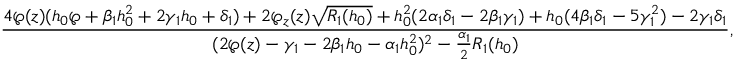
\frac { 4 \wp ( z ) ( h _ { 0 } \wp + \beta _ { 1 } h _ { 0 } ^ { 2 } + 2 \gamma _ { 1 } h _ { 0 } + \delta _ { 1 } ) + 2 \wp _ { z } ( z ) \sqrt { R _ { 1 } ( h _ { 0 } ) } + h _ { 0 } ^ { 2 } ( 2 \alpha _ { 1 } \delta _ { 1 } - 2 \beta _ { 1 } \gamma _ { 1 } ) + h _ { 0 } ( 4 \beta _ { 1 } \delta _ { 1 } - 5 \gamma _ { 1 } ^ { 2 } ) - 2 \gamma _ { 1 } \delta _ { 1 } } { ( 2 \wp ( z ) - \gamma _ { 1 } - 2 \beta _ { 1 } h _ { 0 } - \alpha _ { 1 } h _ { 0 } ^ { 2 } ) ^ { 2 } - \frac { \alpha _ { 1 } } { 2 } R _ { 1 } ( h _ { 0 } ) } ,